画像に写った文字を読んでください
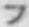
「フ」と書いてあります